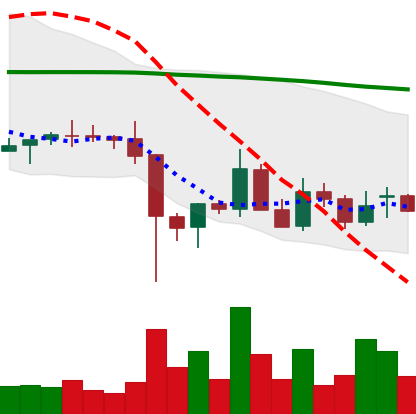
Ticker: EOS-USD
Chart end date: 2021-12-16
Forward return: 3.198%
Label: up_3_5